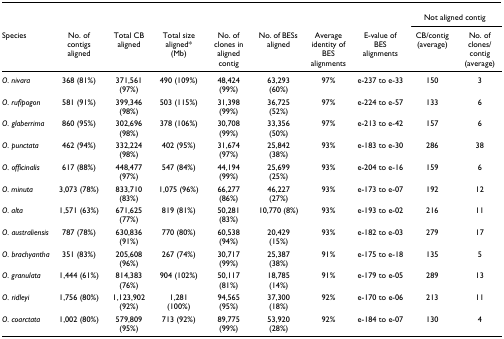
<table><thead><tr><td></td><td></td><td></td><td></td><td></td><td></td><td></td><td></td><td colspan="2"><b>Not aligned contig</b></td></tr><tr><td><b>Species</b></td><td><b>No. of contigs aligned</b></td><td><b>Total CB aligned</b></td><td><b>Total size aligned* (Mb)</b></td><td><b>No. of clones in aligned contig</b></td><td><b>No. of BESs aligned</b></td><td><b>Average identity of BES alignments</b></td><td><b>E-value of BES alignments</b></td><td><b>CB/contig (average)</b></td><td><b>No. of clones/contig (average)</b></td></tr></thead><tbody><tr><td><i>O. nivara</i></td><td>368 (81%)</td><td>371,561 (97%)</td><td>490 (109%)</td><td>48,424 (99%)</td><td>63,293 (60%)</td><td>97%</td><td>e-237 to e-33</td><td>150</td><td>3</td></tr><tr><td><i>O. rufipogon</i></td><td>581 (91%)</td><td>399,346 (98%)</td><td>503 (115%)</td><td>31,398 (99%)</td><td>36,725 (52%)</td><td>97%</td><td>e-224 to e-57</td><td>133</td><td>6</td></tr><tr><td><i>O. glaberrima</i></td><td>860 (95%)</td><td>302,696 (98%)</td><td>378 (106%)</td><td>30,708 (99%)</td><td>33,356 (50%)</td><td>97%</td><td>e-213 to e-42</td><td>157</td><td>6</td></tr><tr><td><i>O. punctata</i></td><td>462 (94%)</td><td>332,224 (98%)</td><td>402 (95%)</td><td>31,674 (97%)</td><td>25,842 (38%)</td><td>93%</td><td>e-183 to e-30</td><td>286</td><td>38</td></tr><tr><td><i>O. officinalis</i></td><td>617 (88%)</td><td>448,477 (97%)</td><td>547 (84%)</td><td>44,194 (99%)</td><td>25,699 (25%)</td><td>93%</td><td>e-204 to e-16</td><td>159</td><td>6</td></tr><tr><td><i>O. minuta</i></td><td>3,073 (78%)</td><td>833,710 (83%)</td><td>1,075 (96%)</td><td>66,277 (86%)</td><td>46,227 (27%)</td><td>93%</td><td>e-173 to e-07</td><td>192</td><td>12</td></tr><tr><td><i>O. alta</i></td><td>1,571 (63%)</td><td>671,625 (77%)</td><td>819 (81%)</td><td>50,281 (83%)</td><td>10,770 (8%)</td><td>93%</td><td>e-193 to e-02</td><td>216</td><td>11</td></tr><tr><td><i>O. australiensis</i></td><td>787 (78%)</td><td>630,836 (91%)</td><td>770 (80%)</td><td>60,538 (94%)</td><td>20,429 (15%)</td><td>93%</td><td>e-182 to e-03</td><td>279</td><td>17</td></tr><tr><td><i>O. brachyantha</i></td><td>351 (83%)</td><td>205,608 (96%)</td><td>267 (74%)</td><td>30,717 (99%)</td><td>25,387 (38%)</td><td>91%</td><td>e-175 to e-18</td><td>135</td><td>5</td></tr><tr><td><i>O. granulata</i></td><td>1,444 (61%)</td><td>814,383 (76%)</td><td>904 (102%)</td><td>50,117 (81%)</td><td>18,785 (14%)</td><td>91%</td><td>e-179 to e-05</td><td>289</td><td>13</td></tr><tr><td><i>O. ridleyi</i></td><td>1,756 (80%)</td><td>1,123,902 (92%)</td><td>1,281 (100%)</td><td>94,565 (95%)</td><td>37,300 (18%)</td><td>92%</td><td>e-170 to e-06</td><td>213</td><td>11</td></tr><tr><td><i>O. coarctata</i></td><td>1,002 (80%)</td><td>579,809 (95%)</td><td>713 (92%)</td><td>89,775 (99%)</td><td>53,920 (28%)</td><td>92%</td><td>e-184 to e-07</td><td>130</td><td>4</td></tr></tbody></table>